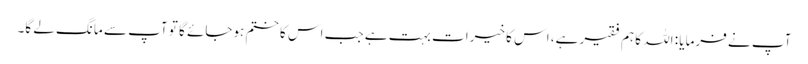
آپ نے فرمایا : اللہ کا ہم فقیر ہے، اس کا خیرات بہت ہے جب اس کا ختم ہوجائے گا تو آپ سے مانگ لے گا۔